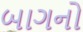
બાગનો